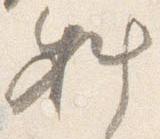
料